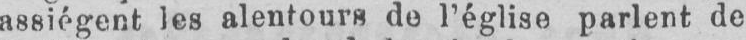
assiégent les alentours do l’église parlent de